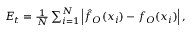
\begin{array} { r } { { \cal { E } } _ { t } = \frac { 1 } { N } \sum _ { i = 1 } ^ { N } \left| \hat { f } _ { O } ( x _ { i } ) - f _ { O } ( x _ { i } ) \right| , } \end{array}